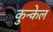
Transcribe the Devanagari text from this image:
कुन्केल